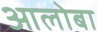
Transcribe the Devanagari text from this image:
आलोबा